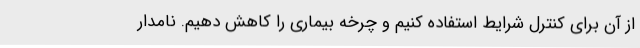
از آن برای کنترل شرایط استفاده کنیم و چرخه بیماری را کاهش دهیم. نامدار